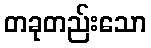
တခုတည်းသော